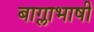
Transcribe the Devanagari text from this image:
बाग्लाभाषी